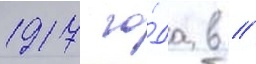
1917 го́да в //